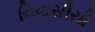
નિવાસીયો